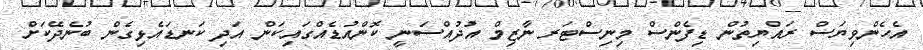
އެހެންވިޔަސް ރައްޔިތުން ޑިފެންސް މިނިސްޓަރ ނާޒިމް އުދުއްސަނީ ކޮންއުޑެއްގައިކަން އަދި ކަނޑައެޅިގެން ބުނެދޭކަށް